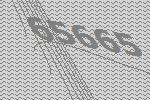
65665